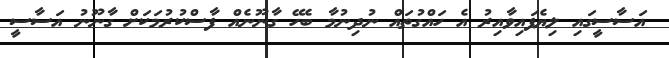
އަސާސީގައި ލިޔެފައިވާއިރު އެ ހައްގުތައް ނުދިނުމާ ބެހޭ ގާނޫނެއް ފާސްކުރުމަކަށް ގާނޫނު އަސާސީ